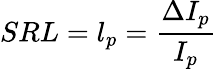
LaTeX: SRL=l_{p}=\frac{\Delta I_{p}}{I_{p}}